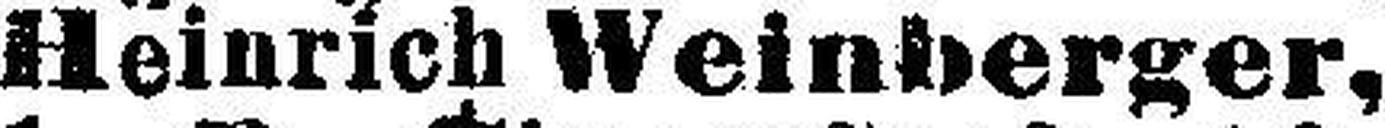
Heinrich Weinberger,